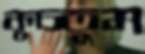
কুচতুম